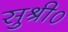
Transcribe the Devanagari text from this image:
सुश्री०